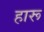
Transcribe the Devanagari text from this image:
हारू